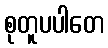
စုတူပပါတေ